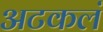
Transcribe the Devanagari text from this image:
अटकलं